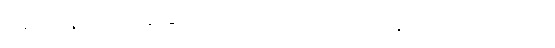
အကုန်လုံး အဆင်ပြေကြပါတယ် လို့ ပြောပါတယ်။